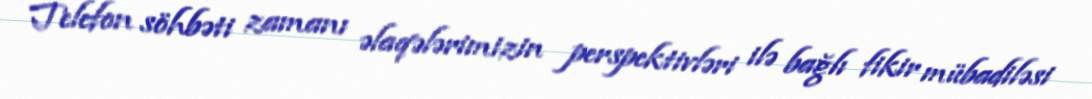
Telefon söhbəti zamanı əlaqələrimizin perspektivləri ilə bağlı fikir mübadiləsi